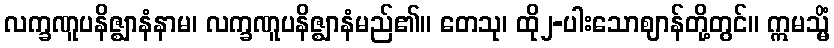
လက္ခဏူပနိဇ္ဈာနံနာမ၊ လက္ခဏူပနိဇ္ဈာနံမည်၏။ တေသု၊ ထို၂-ပါးသောဈာန်တို့တွင်။ ဣမသ္မိံ